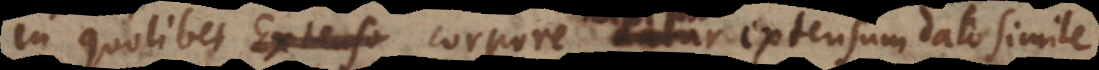
bet Extenso corpore datur extensum dato simile.